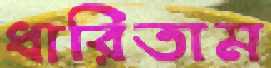
ধারিতাম